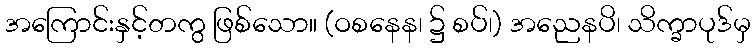
အကြောင်းနှင့်တကွ ဖြစ်သော။ (ဝစနေန၊ ၌ စပ်၊) အညေနပိ၊ သိက္ခာပုဒ်မှ